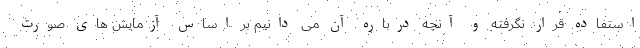
استفاده قرار نگرفته و آنچه درباره آن می دانیم بر اساس آزمایش های صورت